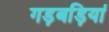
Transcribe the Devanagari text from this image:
गड़बड़ियां